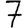
Digit: 7